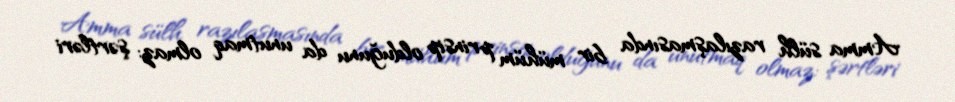
Amma sülh razılaşmasında bir mühüm prinsip olduğunu da unutmaq olmaz: şərtləri